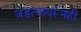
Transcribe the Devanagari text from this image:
जडत्वावरूनही